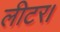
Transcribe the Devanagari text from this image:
लीटर।